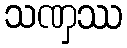
သဏှဿ